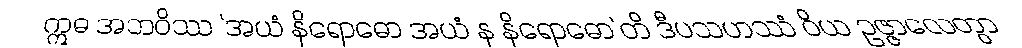
ဣဓ အဘဝိဿ ‘အယံ နိရောဓော အယံ န နိရောဓော’တိ ဒီပသဟဿံ ဝိယ ဥဇ္ဇာလေတွာ